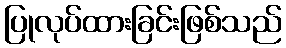
ပြုလုပ်ထားခြင်းဖြစ်သည်